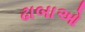
ઢાબાઓ